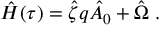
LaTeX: \hat { H } ( \tau ) = \hat { \zeta } q \hat { A } _ { 0 } + \hat { \Omega } \; .